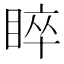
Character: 睟